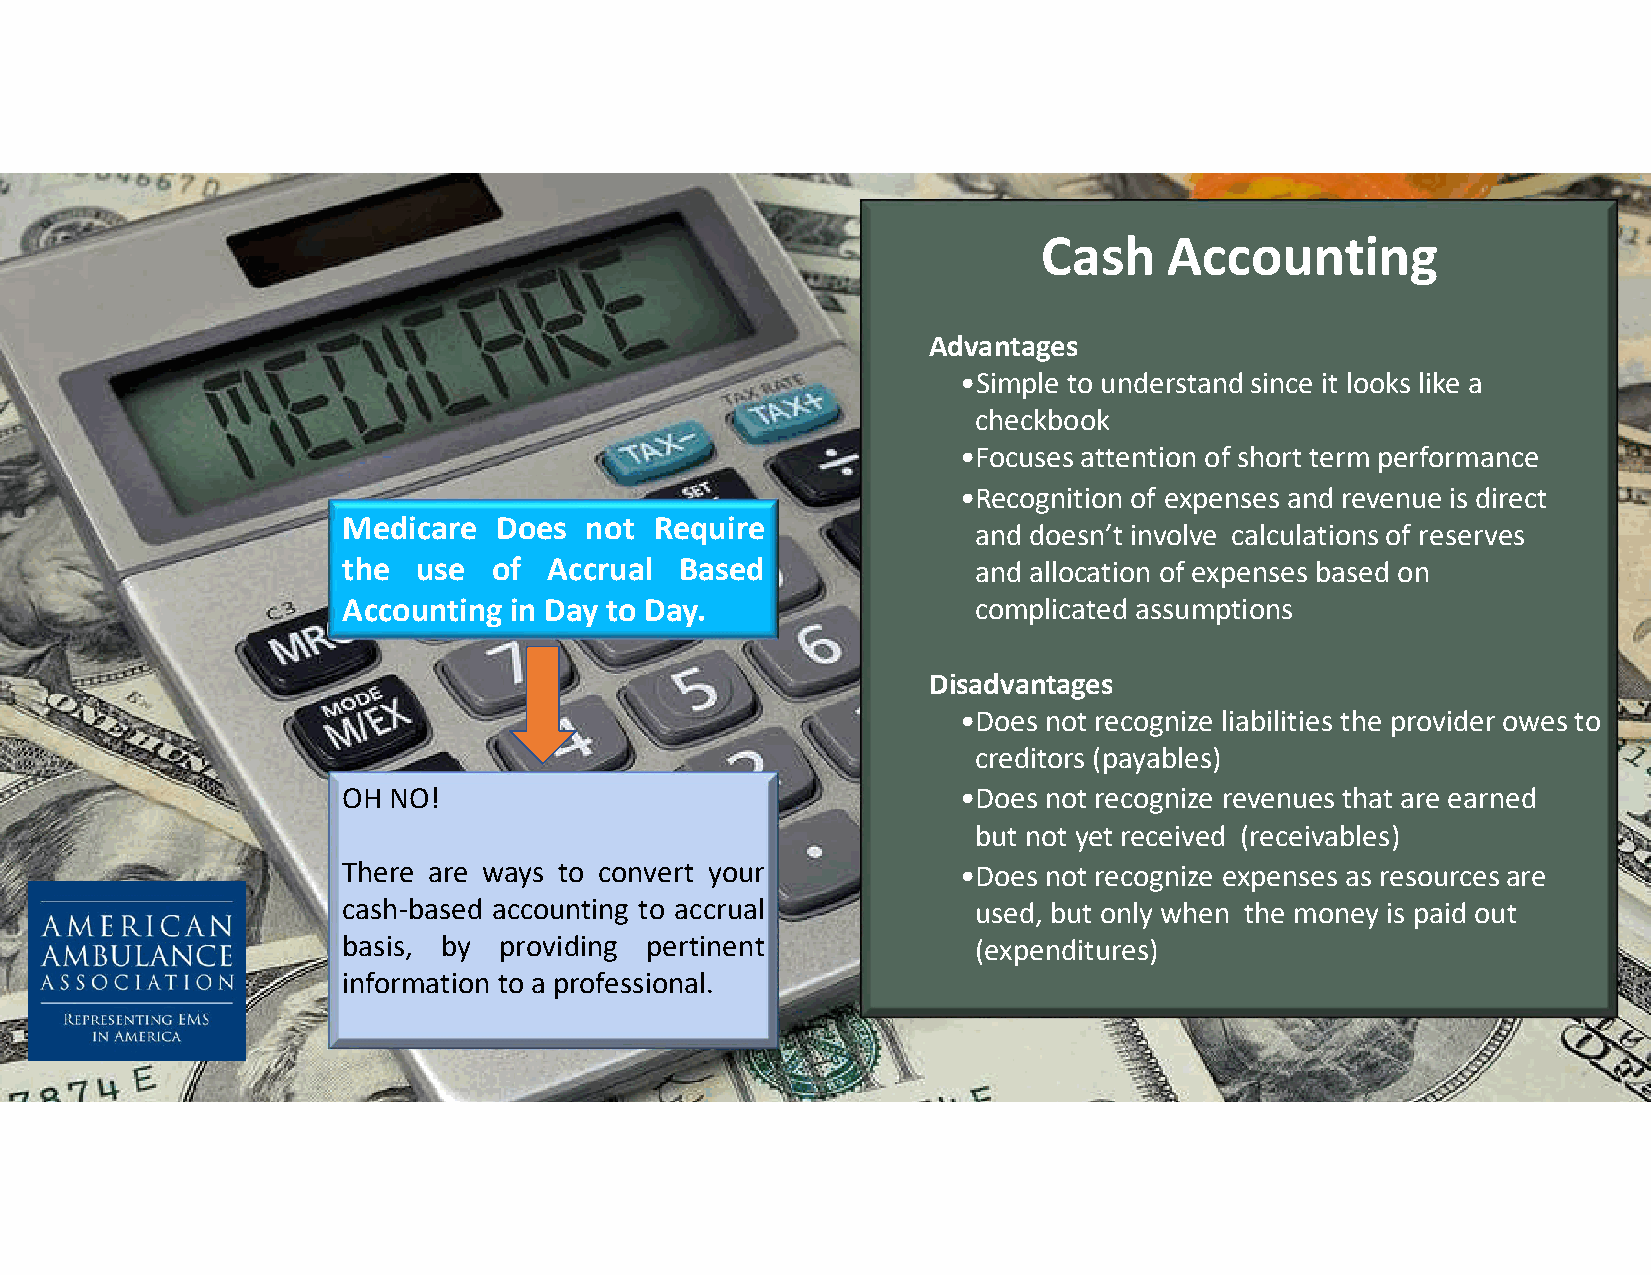
Cash    Accounting
 Advantages
 •Simple to understand since it looks like a
 checkbook
 •Focuses attention of short term performance
 •Recognition of expenses and revenue is direct
 Medicare  Does  not Require
 and doesn’t involve calculations of reserves
 the  use  of Accrual  Based               and allocation of expenses based on
 Accounting in Day to Day.                 complicated assumptions
 Disadvantages
 •Does not recognize liabilities the provider owes to
 creditors (payables)
 OH NO!                                   •Does not recognize revenues that are earned
 but not yet received (receivables)
 There are ways to convert your           •Does not recognize expenses as resources are
 cash-based accounting to accrual          used, but only when the money is paid out
 basis, by providing pertinent             (expenditures)
 information to a professional.